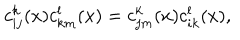
c _ { i j } ^ { k } ( x ) c _ { k m } ^ { l } ( x ) = c _ { j m } ^ { k } ( x ) c _ { i k } ^ { l } ( x ) ,